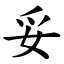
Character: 妥